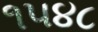
૧૫૪૮